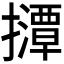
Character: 𫾘